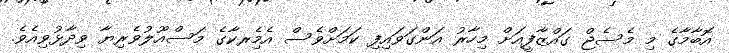
އޮބާމާގެ މި މެސެޖް ގައްޒާފީއަށް މިހާރު އަންގަވައިފި ކަމަށްވެސް އެމެިރކާގެ މަސްއޫލުވެރިޔާ ވިދާޅުވިއެވެ.